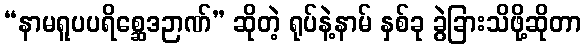
“နာမရူပပရိစ္ဆေဒဉာဏ်” ဆိုတဲ့ ရုပ်နဲ့နာမ် နှစ်ခု ခွဲခြားသိဖို့ဆိုတာ